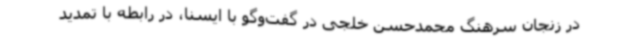
در زنجان سرهنگ محمدحسن خلجی در گفت‌وگو با ایسنا، در رابطه با تمدید